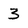
Character: 3